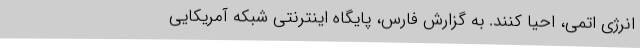
انرژی اتمی، احیا کنند. به گزارش فارس، پایگاه اینترنتی شبکه آمریکایی